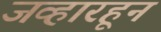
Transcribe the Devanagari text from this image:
जव्हारहून